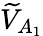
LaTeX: \widetilde{V}_{A_{1}}